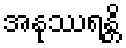
အနုဿရန္တိ